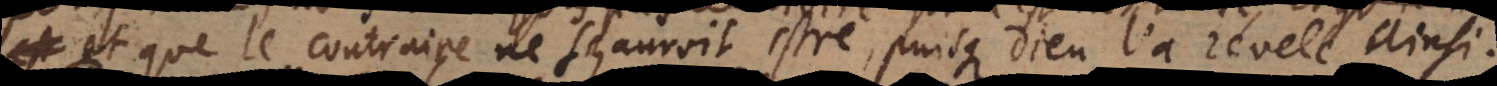
et que le contraire ne sçauroit estre, puisque Dieu l’a revelé ainsi.